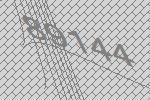
89144